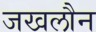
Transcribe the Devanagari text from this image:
जखलौन